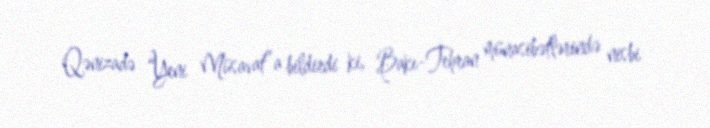
Qənizadə “Yeni Müsavat”a bildirdi ki, Bakı-Tehran münasibətlərində nisbi